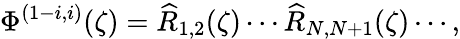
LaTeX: \Phi^{(1-i,i)}(\zeta)=\widehat{R}_{1,2}(\zeta)\cdots\widehat{R}_{N,N+1}(\zeta)\cdots,